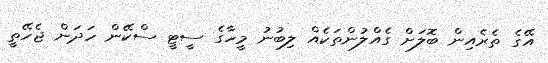
އޭގެ ތެރެއިން ބޮލަށް ގެއްލުންތަކެއް ލިބުނު މީހާގެ ސީޓީ ސްކޭން ހަދަން ޖެހޭތީ